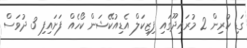
ގަޑި ކުރިން 2 މުރައިދޫގައި ފިޒިކަލް އެޑިއުކޭޝަން ކޯހެއް ފަށައިފި 3 ދުވަސް